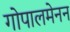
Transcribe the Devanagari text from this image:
गोपालमेनन